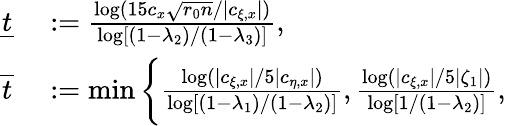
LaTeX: \begin{array}{rl}{\underline{{t}}}&{{}:=\frac{\log(15c_{x}\sqrt{r_{0}n}/|c_{\xi,x}|)}{\log[(1-\lambda_{2})/(1-\lambda_{3})]},}\\ {\overline{{t}}}&{{}:=\operatorname*{min}\bigg\{ \frac{\log(|c_{\xi,x}|/5|c_{\eta,x}|)}{\log[(1-\lambda_{1})/(1-\lambda_{2})]},\frac{\log(|c_{\xi,x}|/5|\zeta_{1}|)}{\log[1/(1-\lambda_{2})]},}\end{array}